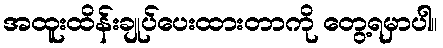
အထူးထိန်းချုပ်ပေးထားတာကို တွေ့ရမှာပါ။